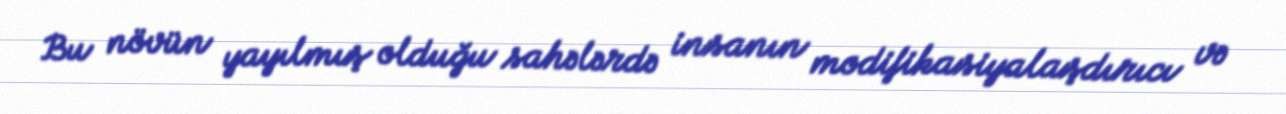
Bu növün yayılmış olduğu sahələrdə insanın modifikasiyalaşdırıcı və